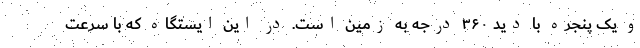
و یک پنجره با دید ۳۶۰ درجه به زمین است. در این ایستگاه که با سرعت